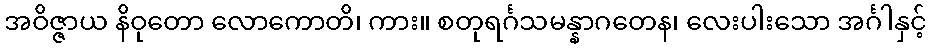
အဝိဇ္ဇာယ နိဝုတော လောကောတိ၊ ကား။ စတုရင်္ဂသမန္နာဂတေန၊ လေးပါးသော အင်္ဂါနှင့်